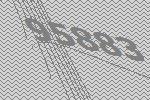
95883